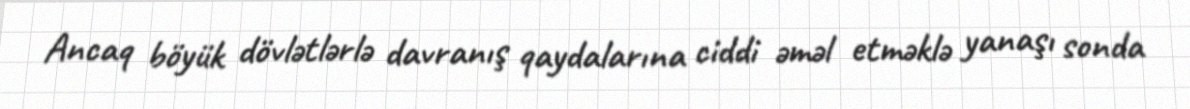
Ancaq böyük dövlətlərlə davranış qaydalarına ciddi əməl etməklə yanaşı sonda